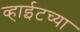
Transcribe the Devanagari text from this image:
व्हाईटच्या